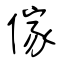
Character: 傢